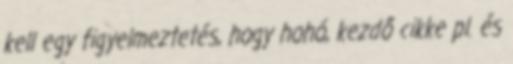
kell egy figyelmeztetés, hogy hohó, kezdő cikke pl. és